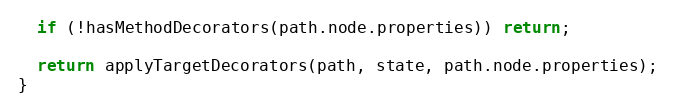
Language: JavaScript
  if (!hasMethodDecorators(path.node.properties)) return;

  return applyTargetDecorators(path, state, path.node.properties);
}